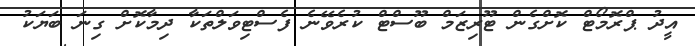
އީދު ޕްރޮމޯޓް ކޮށްގެން ޓޫރިޒަމް ބޫސްޓް ކުރެވޭނެ ފެސްޓިވަލްތަކާ ދިމާކޮށް ގިނަ ބަޔަކު